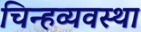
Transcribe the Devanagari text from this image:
चिन्हव्यवस्था